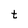
Character: t